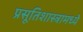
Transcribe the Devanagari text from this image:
प्रसूतिशास्त्रामध्ये